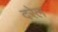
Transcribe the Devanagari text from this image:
दरेल